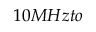
{ 1 0 } M H z t o